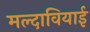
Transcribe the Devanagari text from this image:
मल्दावियाई